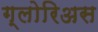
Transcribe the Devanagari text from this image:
ग्लोरिअस